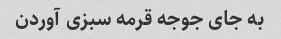
به جای جوجه قرمه سبزی آوردن